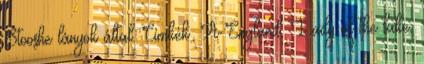
Stooshe lányok által. Címkék: A-England, Lady of the lake,